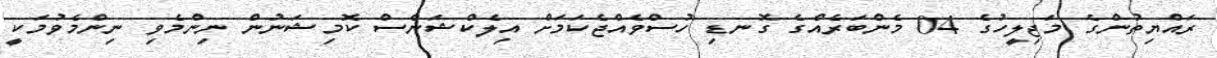
ރައްޔިތުންގެ މަޖިލީހުގެ 04 މެންބަރެއްގެ ގޮނޑި ހުސްވެއްޖެކަމަށް އިލެކްޝަންސް ކޮމިޝަނުން ނިންމެވި ނިންމެވުމަކީ